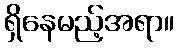
ရှိနေမည့်အရာ။